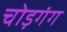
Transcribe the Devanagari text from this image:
चोड़गंग